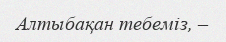
Алтыбақан тебемiз, –